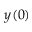
y ( 0 )